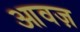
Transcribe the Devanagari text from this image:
आवज़